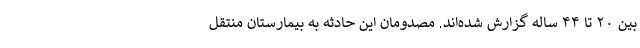
بین ۲۰ تا ۴۴ ساله گزارش شده‌اند. مصدومان این حادثه به بیمارستان منتقل